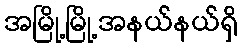
အမြို့မြို့အနယ်နယ်ရှိ